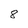
Character: 8